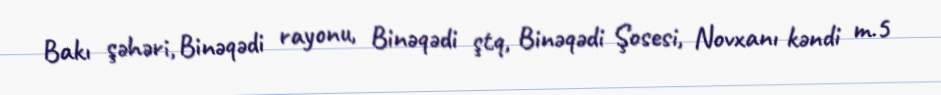
Bakı şəhəri, Binəqədi rayonu, Binəqədi ştq, Binəqədi Şosesi, Novxanı kəndi m.5